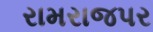
રામરાજપર